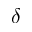
\delta